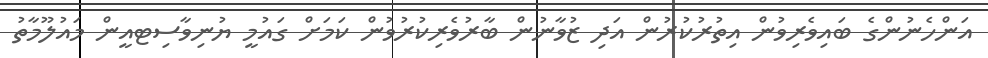
އަންހެނުންގެ ބައިވެރިވުން އިތުރުކުރުން އަދި ޒުވާނުން ބާރުވެރިކުރުވުން ކަމަށް ގައުމީ ޔުނިވާސިޓއީން މައުލޫމާތު